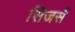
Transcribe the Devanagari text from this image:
सिजर्स